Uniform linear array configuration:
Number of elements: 64
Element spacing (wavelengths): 0.5
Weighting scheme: binomial
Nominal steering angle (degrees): -30
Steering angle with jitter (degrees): -30.241
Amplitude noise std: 0.05
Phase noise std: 0.05

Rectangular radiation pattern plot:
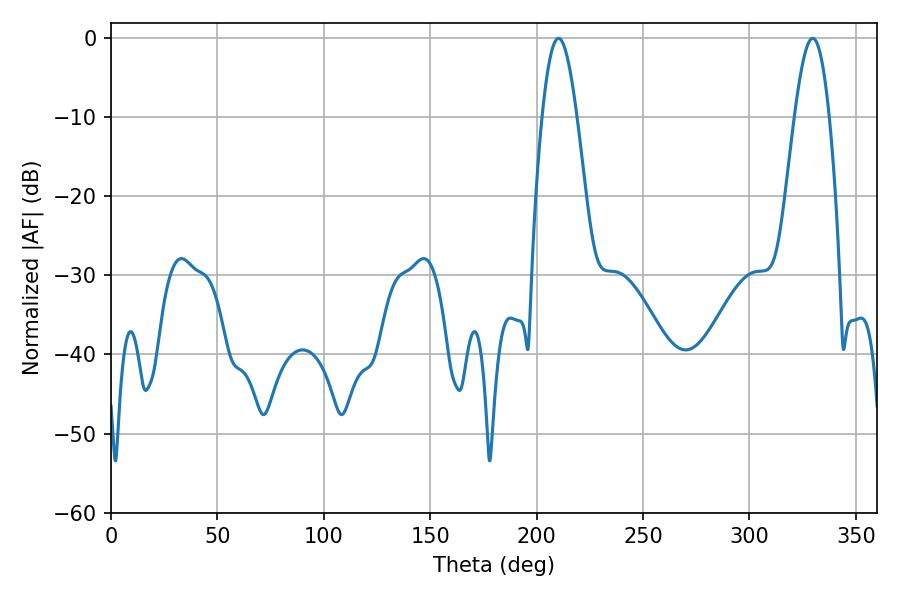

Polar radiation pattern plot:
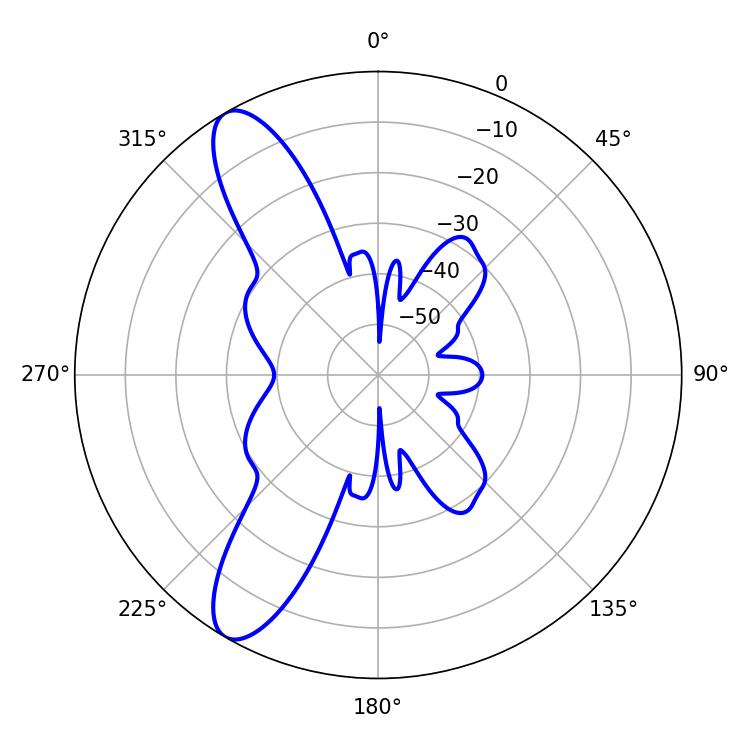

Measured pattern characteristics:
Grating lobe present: FALSE
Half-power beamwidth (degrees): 8.64
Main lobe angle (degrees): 329.76